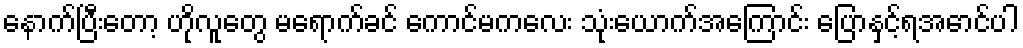
နောက်ပြီးတော့ ဟိုလူတွေ မရောက်ခင် ကောင်မကလေး သုံးယောက်အကြောင်း ပြောနှင့်ရအောင်ပါ